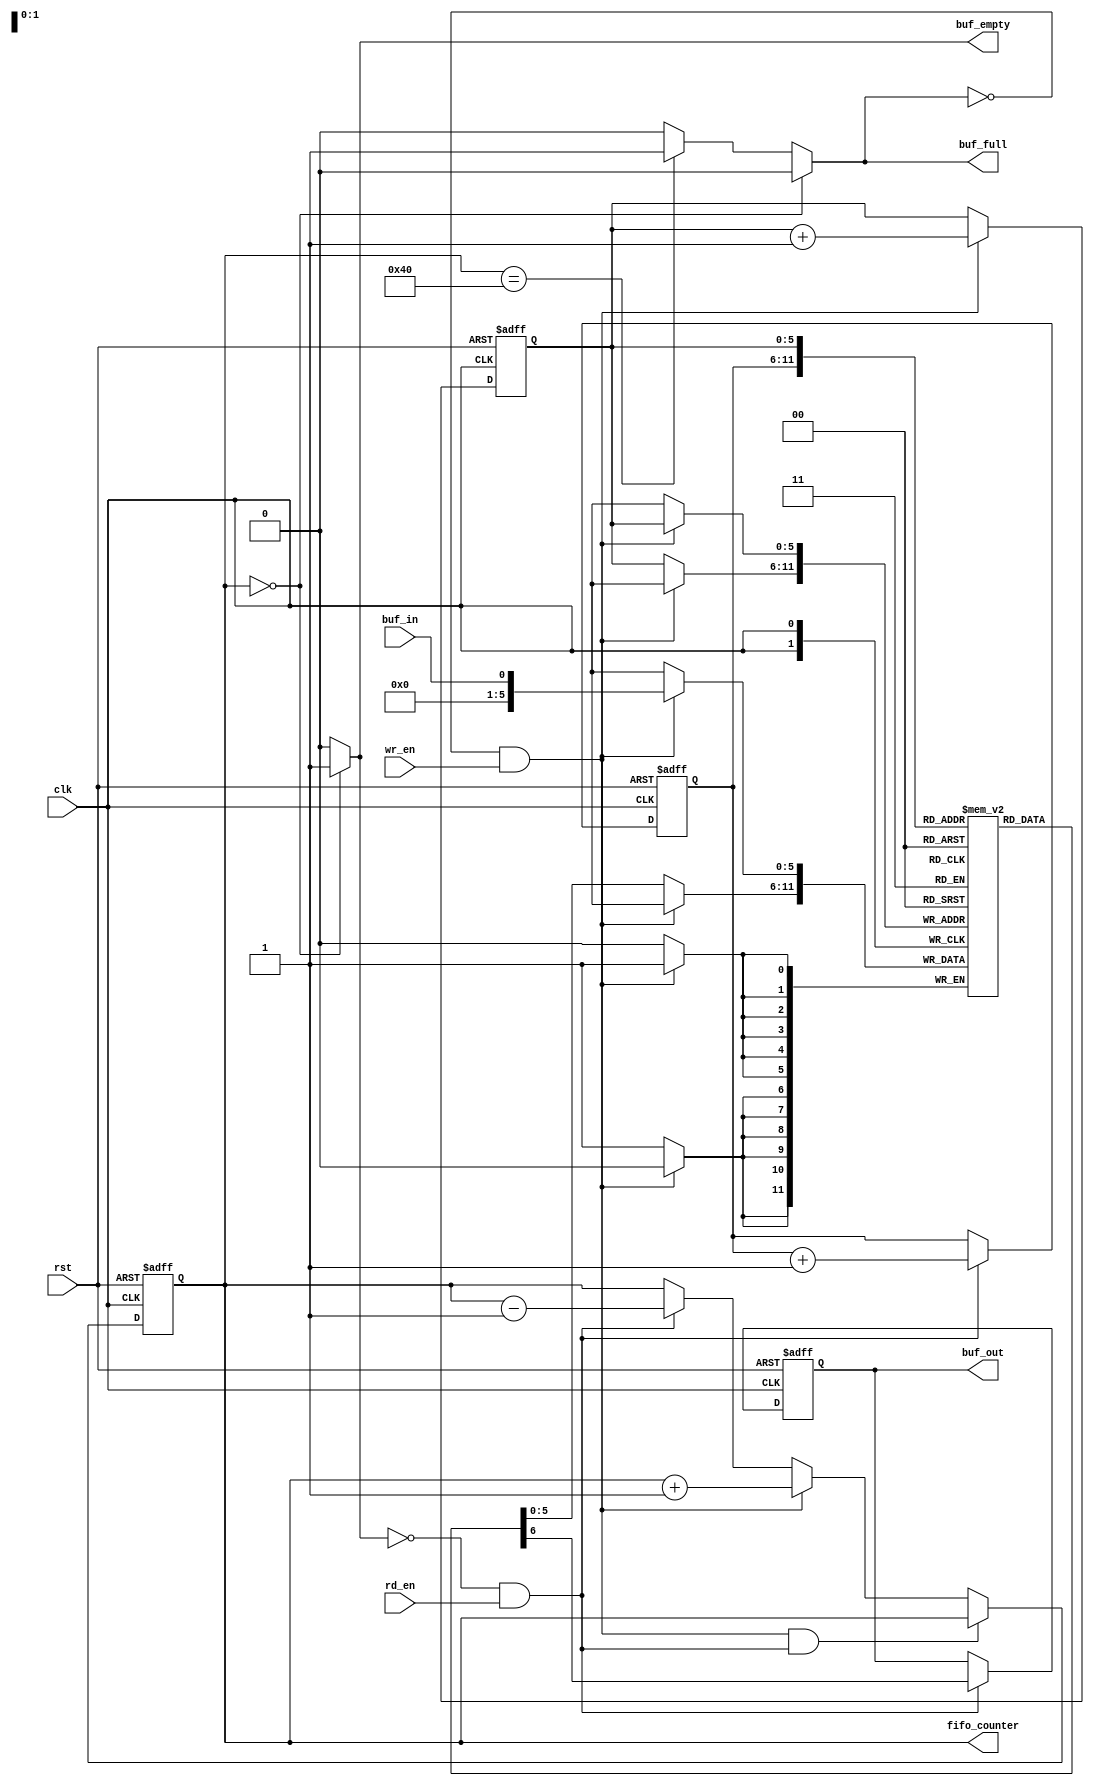
`timescale 1ns / 1ps
//////////////////////////////////////////////////////////////////////////////////
// Company: 
// Engineer: 
// 
// Create Date:    
// Design Name: 
// Module Name:    FIFO_counter_synchronous 
// Project Name: 
// Target Devices: 
// Tool versions: 
// Description: 
//
// Dependencies: 
//
// Revision: 
// Revision 0.01 - File Created
// Additional Comments: 
//
//////////////////////////////////////////////////////////////////////////////////
module FIFO_counter_synchronous(clk,rst,buf_in,buf_out,wr_en,rd_en,buf_empty,buf_full,fifo_counter
    );
input clk,rst,buf_in,wr_en,rd_en;
 reg [5:0] wr_ptr;
 reg [5:0] rd_ptr;
output reg buf_out,buf_empty,buf_full;
output reg [6:0] fifo_counter;
reg [5:0] buf_mem[63:0];  // it means we have total 64 memory vectors Each of 6 bits


always @(fifo_counter)
begin
if(fifo_counter==0) begin
buf_empty <=1; buf_full <=0; end

else if (fifo_counter==64) begin 
buf_full <=1; buf_empty <=0;  end

else 
begin
buf_full <=0; buf_empty <=0;  end
end

//////////////////////////////////
always @(posedge clk or posedge rst)
begin
    if(rst)
           fifo_counter<=0;
    else if((!buf_full && wr_en) && (!buf_empty && rd_en))
           fifo_counter<=fifo_counter;
    else if(!buf_full && wr_en)
           fifo_counter<=fifo_counter+1;
    else if	(!buf_empty && rd_en)		  
	        fifo_counter<=fifo_counter-1;
    else 
	     fifo_counter<=fifo_counter;
end
////////////////////////////////////
always @(posedge clk or posedge rst)
begin
  if(rst)
  buf_out<=0;
  else if (rd_en && !buf_empty)
   buf_out<=buf_mem[rd_ptr];
  else 
   buf_out<=buf_out;
end
///////////////////////////////////
always @(posedge clk)
begin
   if(wr_en && !buf_full)
	   buf_mem[wr_ptr]<=buf_in;
	else
	   buf_mem[wr_ptr]<=buf_mem[wr_ptr];
end
////////////////////////////////////
always @(posedge clk or posedge rst)
begin
    if(rst)
	   begin
		  wr_ptr<=0;
		  rd_ptr<=0;
		end
	 else
	   begin
	   if(!buf_full && wr_en)
		    wr_ptr<=wr_ptr+1;
		else 
		    wr_ptr<=wr_ptr;
		if(!buf_empty && rd_en)
		    rd_ptr<=rd_ptr+1;
	   else
		    rd_ptr<=rd_ptr;
		  
	   end
end
endmodule